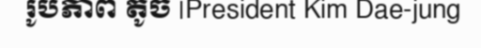
រូបភាព តូច |President Kim Dae-jung